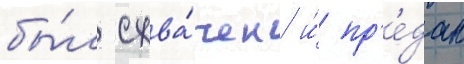
бы́л схва́чен и́ пр'е́дан